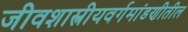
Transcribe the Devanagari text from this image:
जीवशास्त्रीयवर्गमांडणीतील